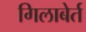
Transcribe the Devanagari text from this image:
गिलाबेर्त